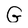
Character: G